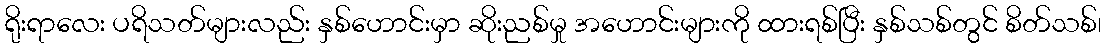
ရိုးရာလေး ပရိသတ်များလည်း နှစ်ဟောင်းမှာ ဆိုးညစ်မှု အဟောင်းများကို ထားရစ်ပြီး နှစ်သစ်တွင် စိတ်သစ်၊